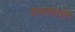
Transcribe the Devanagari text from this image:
वनसंपत्तीने